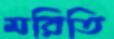
মরিতি